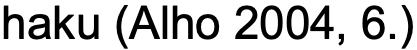
haku (Alho 2004, 6.)